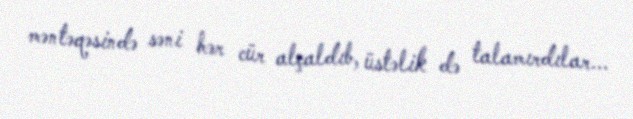
məntəqəsində səni hər cür alçaldıb, üstəlik də talamırdılar...